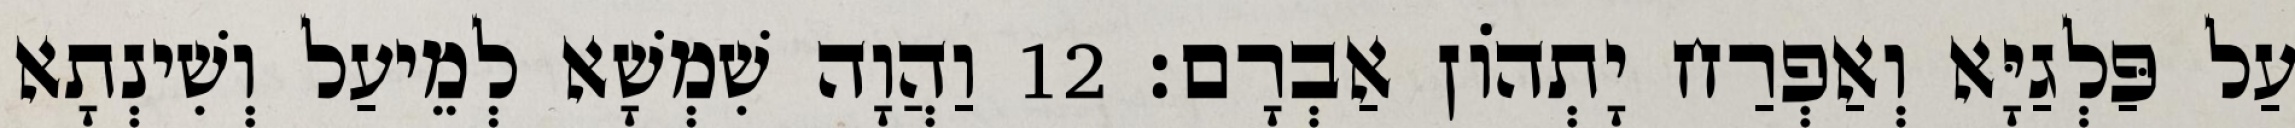
עַל פַּלְגַיָּא וְאַפְרַח יָתְהוֹן אַבְרָם׃ 12 וַהֲוָה שִׁמְשָׁא לְמֵיעַל וְשִׁינְתָא